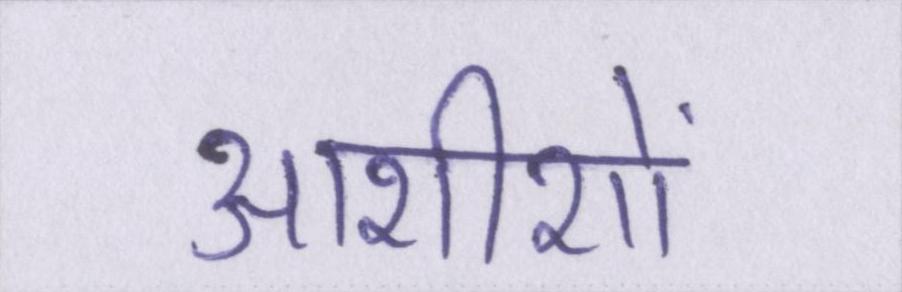
आशीशों